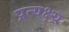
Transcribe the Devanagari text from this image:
प्रत्यक्ष्य